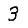
Digit: 3